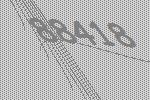
88418